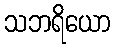
သဘရိယော